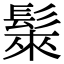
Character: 𩭷